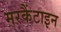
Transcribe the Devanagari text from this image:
मरकैंटाइन